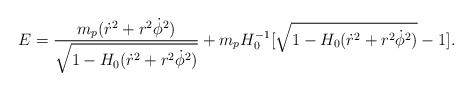
\begin{align*}E=\frac{m_p(\dot{r}^2 +r^2\dot{\phi}^2)}{\sqrt{1-H_0(\dot{r}^2 +r^2\dot{\phi}^2)}}+ m_pH_0^{-1}[\sqrt{1-H_0(\dot{r}^2+r^2\dot{\phi}^2)}-1].\end{align*}